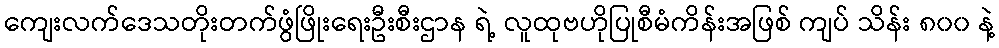
ကျေးလက်ဒေသတိုးတက်ဖွံဖြိုးရေးဦးစီးဌာန ရဲ့ လူထုဗဟိုပြုစီမံကိန်းအဖြစ် ကျပ် သိန်း ၈၀၀ နဲ့